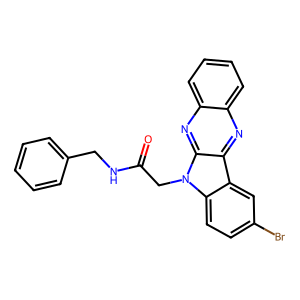
SMILES: O=C(Cn1c2ccc(Br)cc2c2nc3ccccc3nc21)NCc1ccccc1
Inhibits HIV replication: No